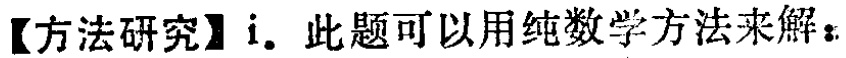
【方法研究】i. 此题可以用纯数学方法来解：